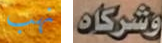
نهب وشركاه